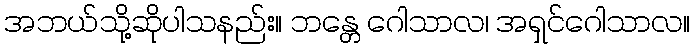
အဘယ်သို့ဆိုပါသနည်း။ ဘန္တေ ဂေါသာလ၊ အရှင်ဂေါသာလ။